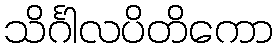
သိင်္ဂါလပိတိကော